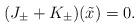
LaTeX: \begin{align*}(J_\pm+ K_\pm)(\tilde x)=0.\end{align*}